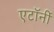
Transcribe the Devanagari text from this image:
एटाॅर्नी